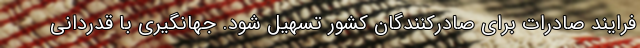
فرایند صادرات برای صادرکنندگان کشور تسهیل شود. جهانگیری با قدردانی